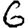
Digit: 6